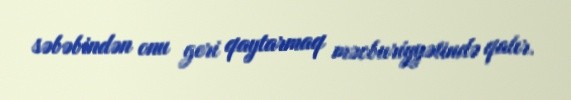
səbəbindən onu geri qaytarmaq məcburiyyətində qalır.